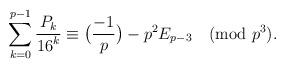
LaTeX: \begin{align*} \sum_{k=0}^{p-1}\frac{P_k}{{16}^k}\equiv\big(\frac{-1}p\big)-p^2E_{p-3}\pmod{p^3}. \end{align*}